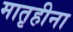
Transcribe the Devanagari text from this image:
मातृहीना